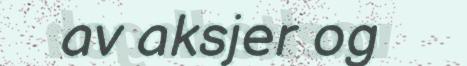
av aksjer og